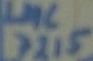
Text: LMC 7215